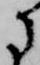
に